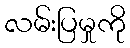
လမ်းပြမှုကို